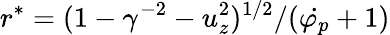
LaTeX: r^{*}=(1-\gamma^{-2}-u_{z}^{2})^{1/2}/(\dot{\varphi_{p}}+1)